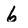
Character: 6